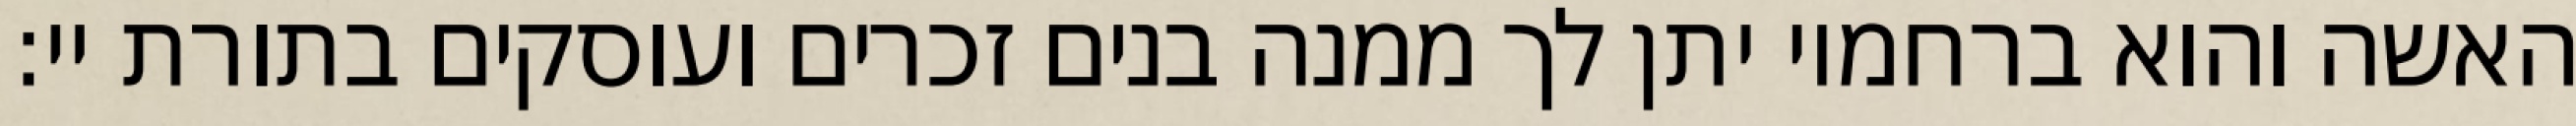
האשה והוא ברחמיו יתן לך ממנה בנים זכרים ועוסקים בתורת יי: